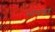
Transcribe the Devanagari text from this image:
भावंडा